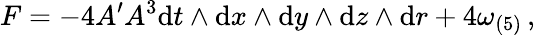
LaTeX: F=-4A^{\prime}A^{3}\mathrm{d}t\wedge\mathrm{d}x\wedge\mathrm{d}y\wedge\mathrm{d}z\wedge\mathrm{d}r+4\omega_{(5)}\, ,